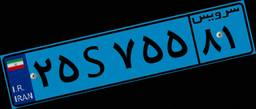
۹۰S۳۴۲۷۹